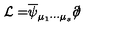
{ \cal L = } \overline { { \psi } } _ { \mu _ { 1 } \cdots \mu _ { s } } \partial \! \! \! \slash